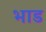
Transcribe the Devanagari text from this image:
भाड